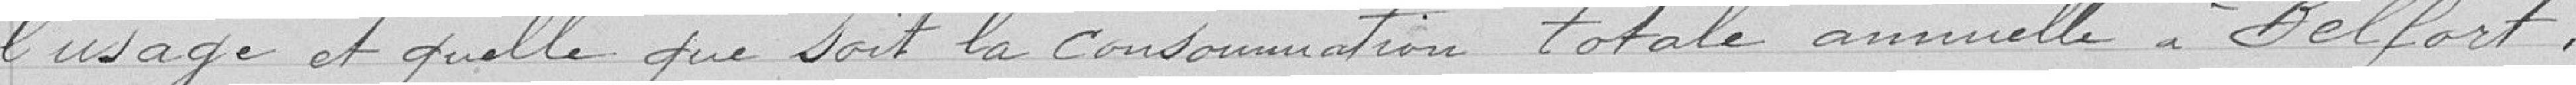
l'usage et quelle que soit la consommation totale annuelle à Belfort.